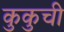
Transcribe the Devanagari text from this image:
कुकुची